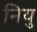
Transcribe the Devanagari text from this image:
नियु